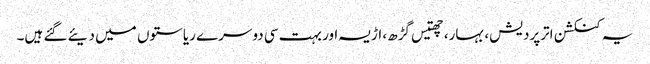
یہ کنکشن اترپردیش، بہار، چھتیس گڑھ، اڑیسہ اور بہت سی دوسرے ریاستوں میں دیئے گئے ہیں۔